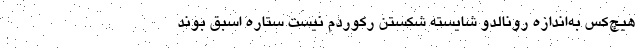
هیچ‌کس به‌اندازه رونالدو شایسته شکستن رکوردم نیست ستاره اسبق بوند